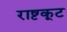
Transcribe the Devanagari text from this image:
राष्टकूट